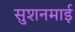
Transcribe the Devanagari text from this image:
सुशनमाई